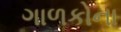
ગાળકોના